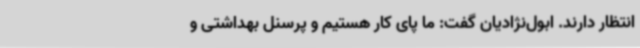
انتظار دارند. ابول‌نژادیان گفت: ما پای کار هستیم و پرسنل بهداشتی و